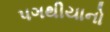
પગથીયાનો